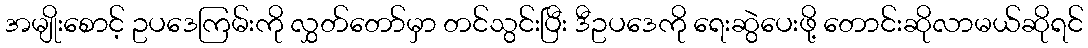
အမျိုးစောင့် ဥပဒေကြမ်းကို လွှတ်တော်မှာ တင်သွင်းပြီး ဒီဥပဒေကို ရေးဆွဲပေးဖို့ တောင်းဆိုလာမယ်ဆိုရင်